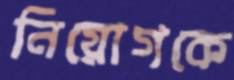
নিয়োগকে